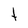
Character: t